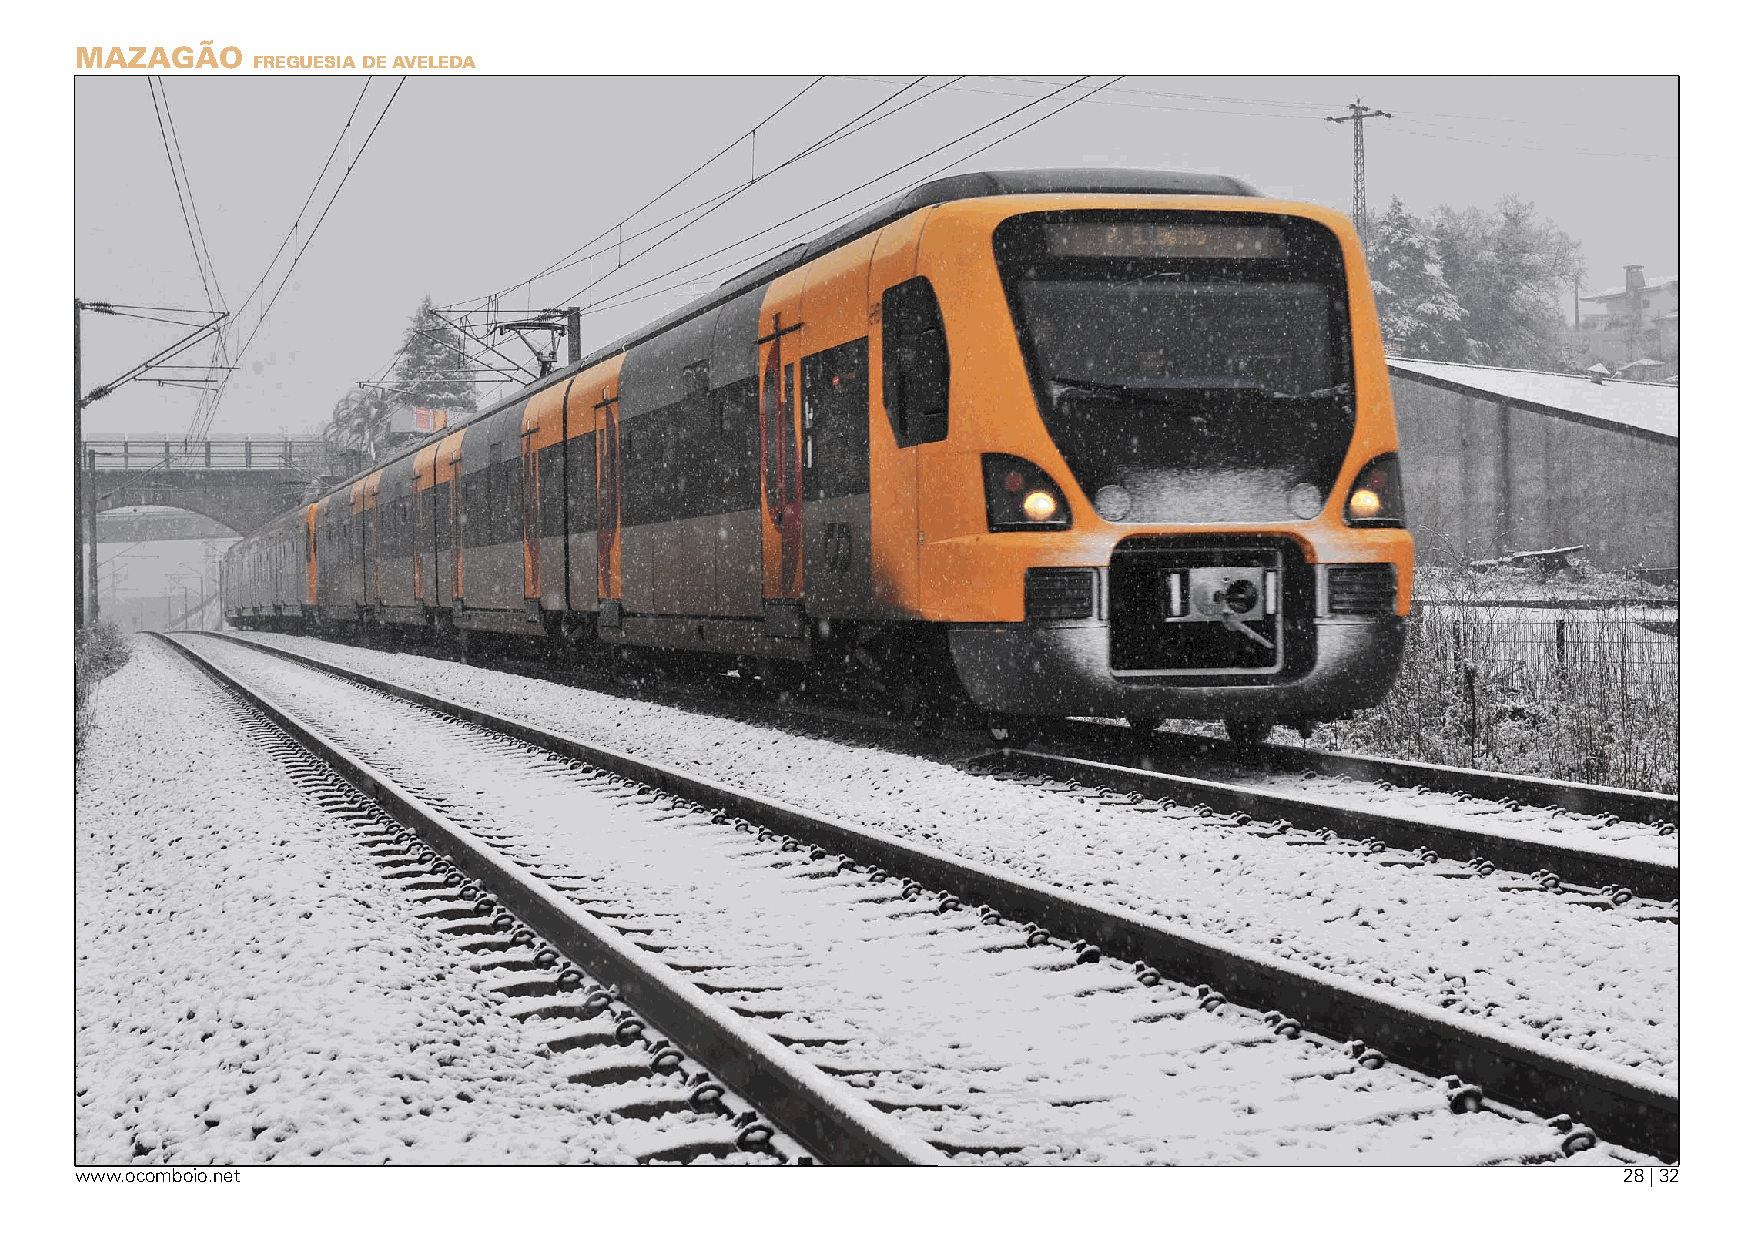
mazagãO
 Freguesia de aveleda
 www.ocomboio.net                                                                                      28 | 32